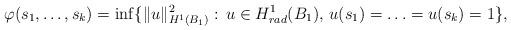
LaTeX: \begin{align*}\varphi(s_1,\ldots,s_k)=\inf \{ \|u\|_{H^1(B_1)}^2: \, u\in H^1_{rad}(B_1), \, u(s_1)=\ldots=u(s_k)=1 \},\end{align*}